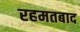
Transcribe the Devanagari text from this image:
रहमतबाद